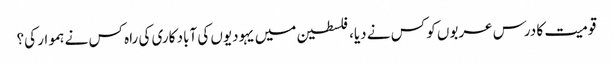
قومیت کا درس عربوں کو کس نے دیا، فلسطین میں یہودیوں کی آباد کاری کی راہ کس نے ہموار کی؟